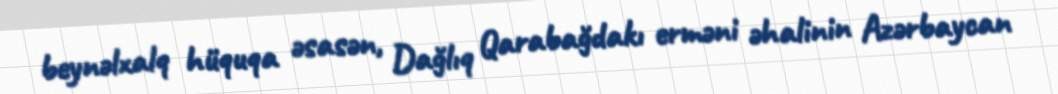
beynəlxalq hüquqa əsasən, Dağlıq Qarabağdakı erməni əhalinin Azərbaycan